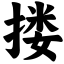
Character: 搂